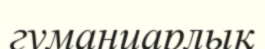
гуманиарлық